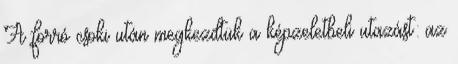
A forró csoki után megkezdtük a képzeletbeli utazást: az